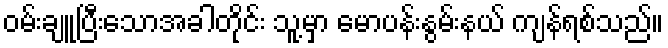
ဝမ်းချူပြီးသောအခါတိုင်း သူ့မှာ မောပန်းနွမ်းနယ် ကျန်ရစ်သည်။